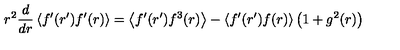
r ^ { 2 } \frac { d } { d r } \left\langle f ^ { \prime } ( r ^ { \prime } ) f ^ { \prime } ( r ) \right\rangle = \left\langle f ^ { \prime } ( r ^ { \prime } ) f ^ { 3 } ( r ) \right\rangle - \left\langle f ^ { \prime } ( r ^ { \prime } ) f ( r ) \right\rangle \left( 1 + g ^ { 2 } ( r ) \right)